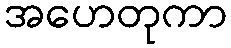
အဟေတုကာ